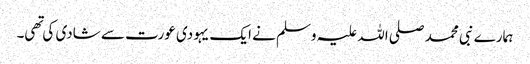
ہمارے نبی محمد صلی اللہ علیہ وسلم نے ایک یہودی عورت سے شادی کی تهی۔